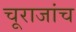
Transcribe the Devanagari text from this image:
चूराजांच